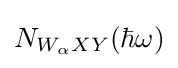
N_{W_{\alpha }XY}(\hbar \omega )